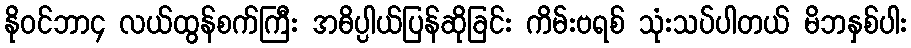
နိုဝင်ဘာ၄ လယ်ထွန်စက်ကြီး အဓိပ္ပါယ်ပြန်ဆိုခြင်း ကိမ်းဗရစ် သုံးသပ်ပါတယ် မိဘနှစ်ပါး